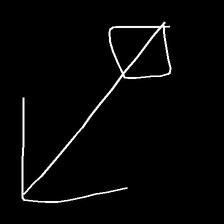
Glyph: focus